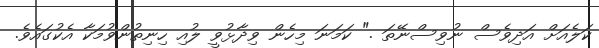
ކަލެއަށް އަދިވެސް ނުވިސްނޭތަ ." ކަމަނަ މިހެން ވިދާޅުވީ ލުއި ހިނިތުންވުމަކާ އެކުގައެވެ.